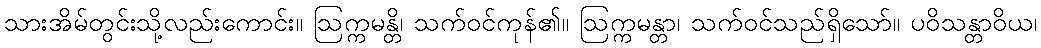
သားအိမ်တွင်းသို့လည်းကောင်း။ ဩက္ကမန္တိ၊ သက်ဝင်ကုန်၏။ ဩက္ကမန္တာ၊ သက်ဝင်သည်ရှိသော်။ ပဝိသန္တာဝိယ၊